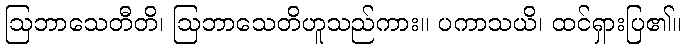
ဩဘာသေတီတိ၊ ဩဘာသေတိဟူသည်ကား။ ပကာသယိ၊ ထင်ရှားပြ၏။